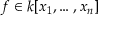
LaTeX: f \in k [ x _ { 1 } , \ldots , x _ { n } ]